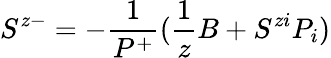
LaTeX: S^{z-}=-\frac{1}{P^{+}}(\frac{1}{z}B+S^{zi}P_{i})